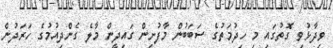
ވިދާޅުވި ގޮތުގައި މި ހިދުމަތުގެ ސަބަބުން މާފުށިން ގައިދީން މާލެ ގެންދިއުމުގެ ހަރަދުން